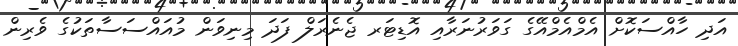
އަދި ހާއްސަކޮށް އެމްއެމްއޭގެ ގަވަރުނަރާއި އޮޑިޓަރ ޖެނެރަލް ފަދަ މިނިވަން މުއައްސަސާތަކުގެ ވެރިން